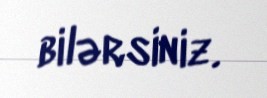
bilərsiniz.